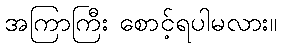
အကြာကြီး စောင့်ရပါမလား။